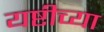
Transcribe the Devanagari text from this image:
यष्टीच्या